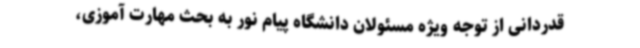
قدردانی از توجه ویژه مسئولان دانشگاه پیام نور به بحث مهارت آموزی،